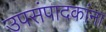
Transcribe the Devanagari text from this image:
उपसंपादकांना